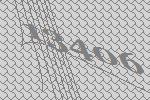
13406